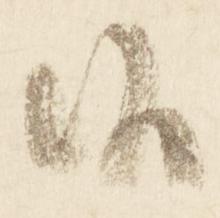
候